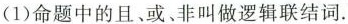
(1)命题中的且、或、非叫做逻辑联结词